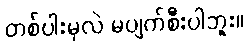
တစ်ပါးမှလဲ မပျက်စီးပါဘူး။